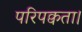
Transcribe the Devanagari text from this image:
परिपक्वता।